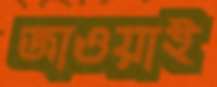
জাওয়াই